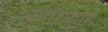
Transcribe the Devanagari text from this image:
सीएफ़ए